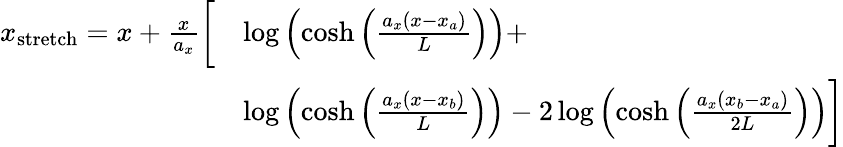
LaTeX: \begin{array}{rl}{x_{\mathrm{stretch}}=x+\frac{x}{a_{x}}{\bigg[}}&{\log\left(\cosh\left(\frac{a_{x}(x-x_{a})}{L}\right)\right)+}\\ &{\log\left(\cosh\left(\frac{a_{x}(x-x_{b})}{L}\right)\right)-2\log\left(\cosh\left(\frac{a_{x}(x_{b}-x_{a})}{2L}\right)\right){\bigg]}}\end{array}